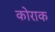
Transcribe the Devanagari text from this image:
कोराक